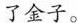
了金子。